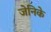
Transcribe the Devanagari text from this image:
जेनिके